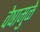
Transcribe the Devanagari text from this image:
वेषामुळे